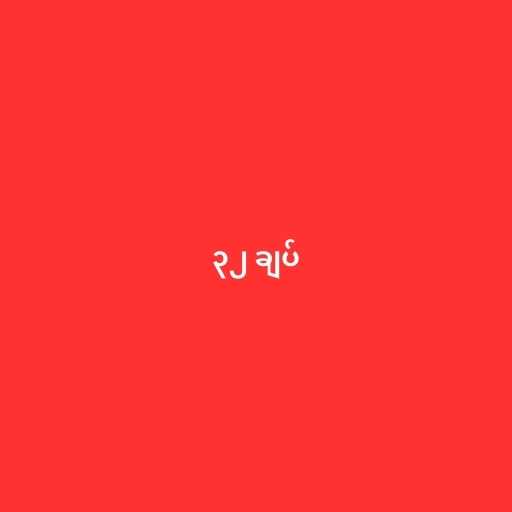
၃၂ ချပ်